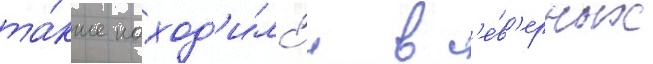
та́кже наход'и́лс'я в с'е́в'ерных